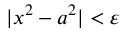
| x ^ { 2 } - a ^ { 2 } | < \varepsilon